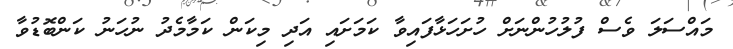
މައްސަލަ ވެސް ފުލުހުންނަށް ހުށަހަޅާފައިވާ ކަމަށައި އަދި މިކަން ކަމާމެދު ނުހަނު ކަންބޮޑުވާ